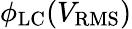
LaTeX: \phi_{\mathrm{LC}}(V_{\mathrm{RMS}})